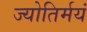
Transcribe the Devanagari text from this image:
ज्योतिर्मयं